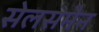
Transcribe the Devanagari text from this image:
सेलसमैन